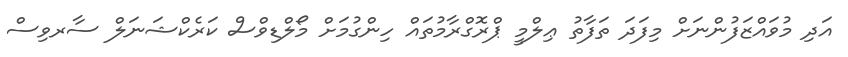
އަދި މުވައްޒަފުންނަށް މިފަދަ ތަފާތު ޢިލްމީ ޕްރޮގްރާމުތައް ހިންގުމަށް މޯލްޑިވްސް ކަރެކްޝަނަލް ސާރވިސް